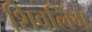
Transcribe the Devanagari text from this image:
शिवलिँग